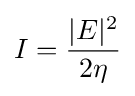
I={\frac {|E|^{2}}{2\eta }}